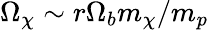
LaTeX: \Omega_{\chi}\sim r\Omega_{b}m_{\chi}/m_{p}